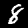
Label: 8